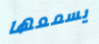
يسمعها